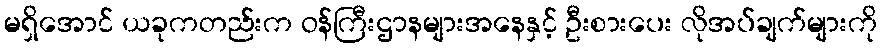
မရှိအောင် ယခုကတည်းက ဝန်ကြီးဌာနများအနေနှင့် ဦးစားပေး လိုအပ်ချက်များကို